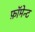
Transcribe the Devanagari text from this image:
फ़ॉमेन्ट